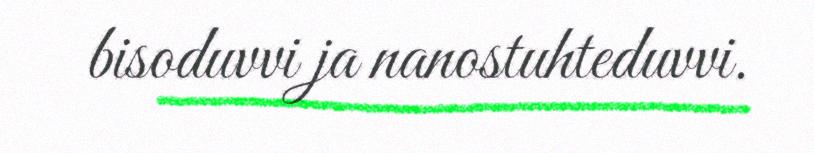
bisoduvvi ja nanostuhteduvvi.